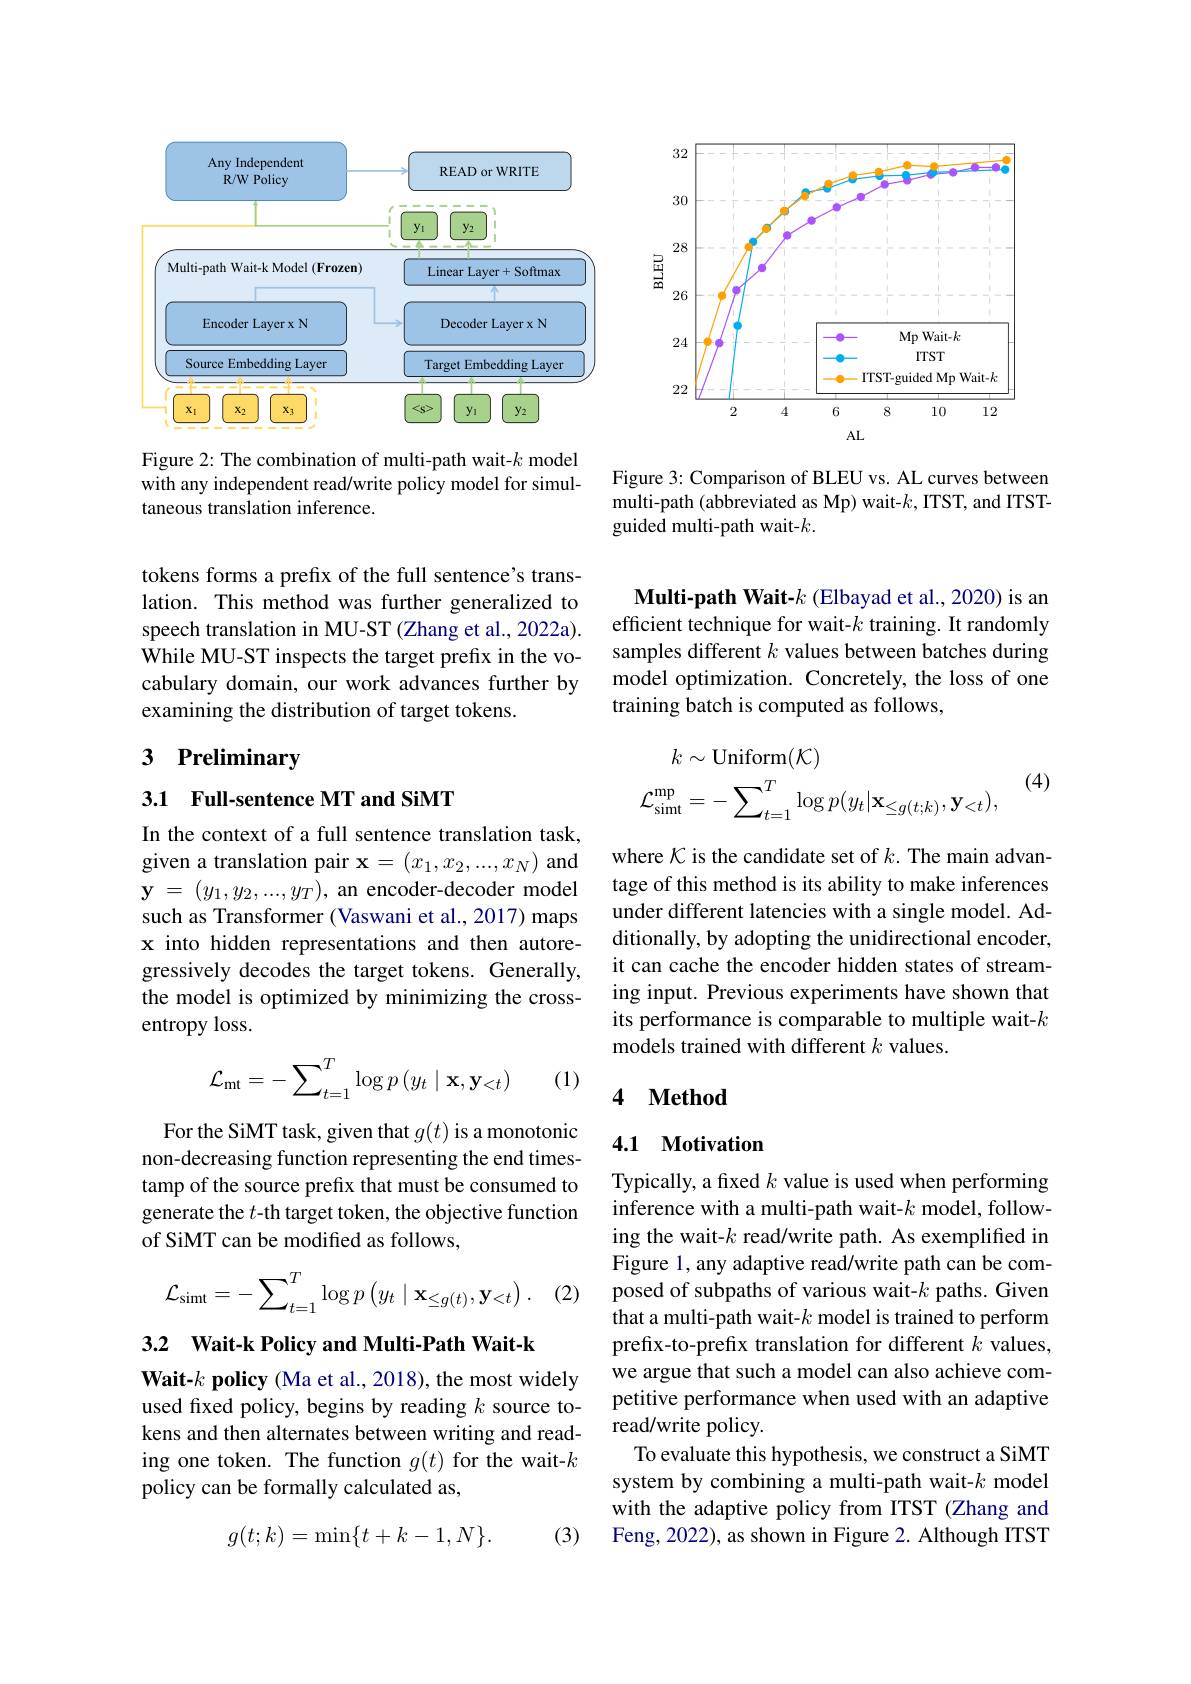
<FigureHere>

Figure 2: The combination of multi-path wait-$k$ model with any independent read/write policy model for simultaneous translation inference.

tokens forms a prefix of the full sentence's translation. This method was further generalized to speech translation in MU-ST (Zhang et al., 2022a). While MU-ST inspects the target prefix in the vocabulary domain, our work advances further by examining the distribution of target tokens.

# 3 Preliminary

3.1 Full-sentence MT and SiMT

In the context of a full sentence translation task, given a translation pair $\mathbf{x}=(x_1,x_2,...,x_N)$ and $\mathbf{y}$ = $( y_1, y_2, . . . , y_T) $, an encoder-decoder model such as Transformer (Vaswani et al., 2017) maps x into hidden representations and then autoregressively decodes the target tokens. Generally, the model is optimized by minimizing the crossentropy loss.

(1)
$$\mathcal{L}_{\mathrm{mt}}=-\sum_{t=1}^T\log p\left(y_t\mid\mathbf{x},\mathbf{y}_{<t}\right)$$
For the SiMT task, given that $g(t)$ is a monotonic non-decreasing function representing the end timestamp of the source prefix that must be consumed to generate the $t$-th target token, the objective function of SiMT can be modified as follows,
$$\mathcal{L}_{\mathrm{simt}}=-\sum_{t=1}^{T}\log p\left(y_{t}\mid\mathbf{x}_{\leq g(t)},\mathbf{y}_{<t}\right).$$
(2)

3.2 $\textbf{Wait- k Policy and Multi- Path Wait- k}$

$\textbf{Wait- }k\textbf{ policy ( Ma et al. , 2018) , the most widely}$ used fixed policy, begins by reading $k$ source tokens and then alternates between writing and reading one token. The function $g(t)$ for the wait-$k$ policy can be formally calculated as,

(3)
$$g(t;k)=\min\{t+k-1,N\}.$$
<FigureHere>

Figure 3: Comparison of BLEU vs. AL curves between multi-path (abbreviated as Mp) wait-$k$,ITST, and ITSTguided multi-path wait-$k.$

Multi-path Wait-$k$ (Elbayad et al., 2020) is an efficient technique for wait-$k$ training. It randomly samples different $k$ values between batches during model optimization. Concretely, the loss of one training batch is computed as follows,

(4)
$$\begin{aligned}k&\sim\mathrm{Uniform}(\mathcal{K})\\\mathcal{L}_{\mathrm{simt}}^{\mathrm{mp}}&=-\sum_{t=1}^{T}\log p(y_{t}|\mathbf{x}_{\leq g(t;k)},\mathbf{y}_{<t}),\end{aligned}$$
where $\mathcal{K}$ is the candidate set of $k.$ The main advantage of this method is its ability to make inferences under different latencies with a single model. Additionally, by adopting the unidirectional encoder, it can cache the encoder hidden states of streaming input. Previous experiments have shown that its performance is comparable to multiple wait-$k$ models trained with different $k$ values.

## 4 Method

## 4.1 Motivation

Typically, a fixed $k$ value is used when performing inference with a multi-path wait-$k$ model, following the wait-k read/write path. As exemplified in Figure 1, any adaptive read/write path can be composed of subpaths of various wait-$k$ paths. Given that a multi-path wait-$k$ model is trained to perform prefix-to-prefix translation for different $k$ values, we argue that such a model can also achieve competitive performance when used with an adaptive read/write policy.
To evaluate this hypothesis, we construct a SiMT system by combining a multi-path wait-$k$ model with the adaptive policy from ITST (Zhang and Feng, 2022), as shown in Figure 2. Although ITST